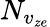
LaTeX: N_{v_{ze}}